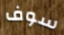
سوف